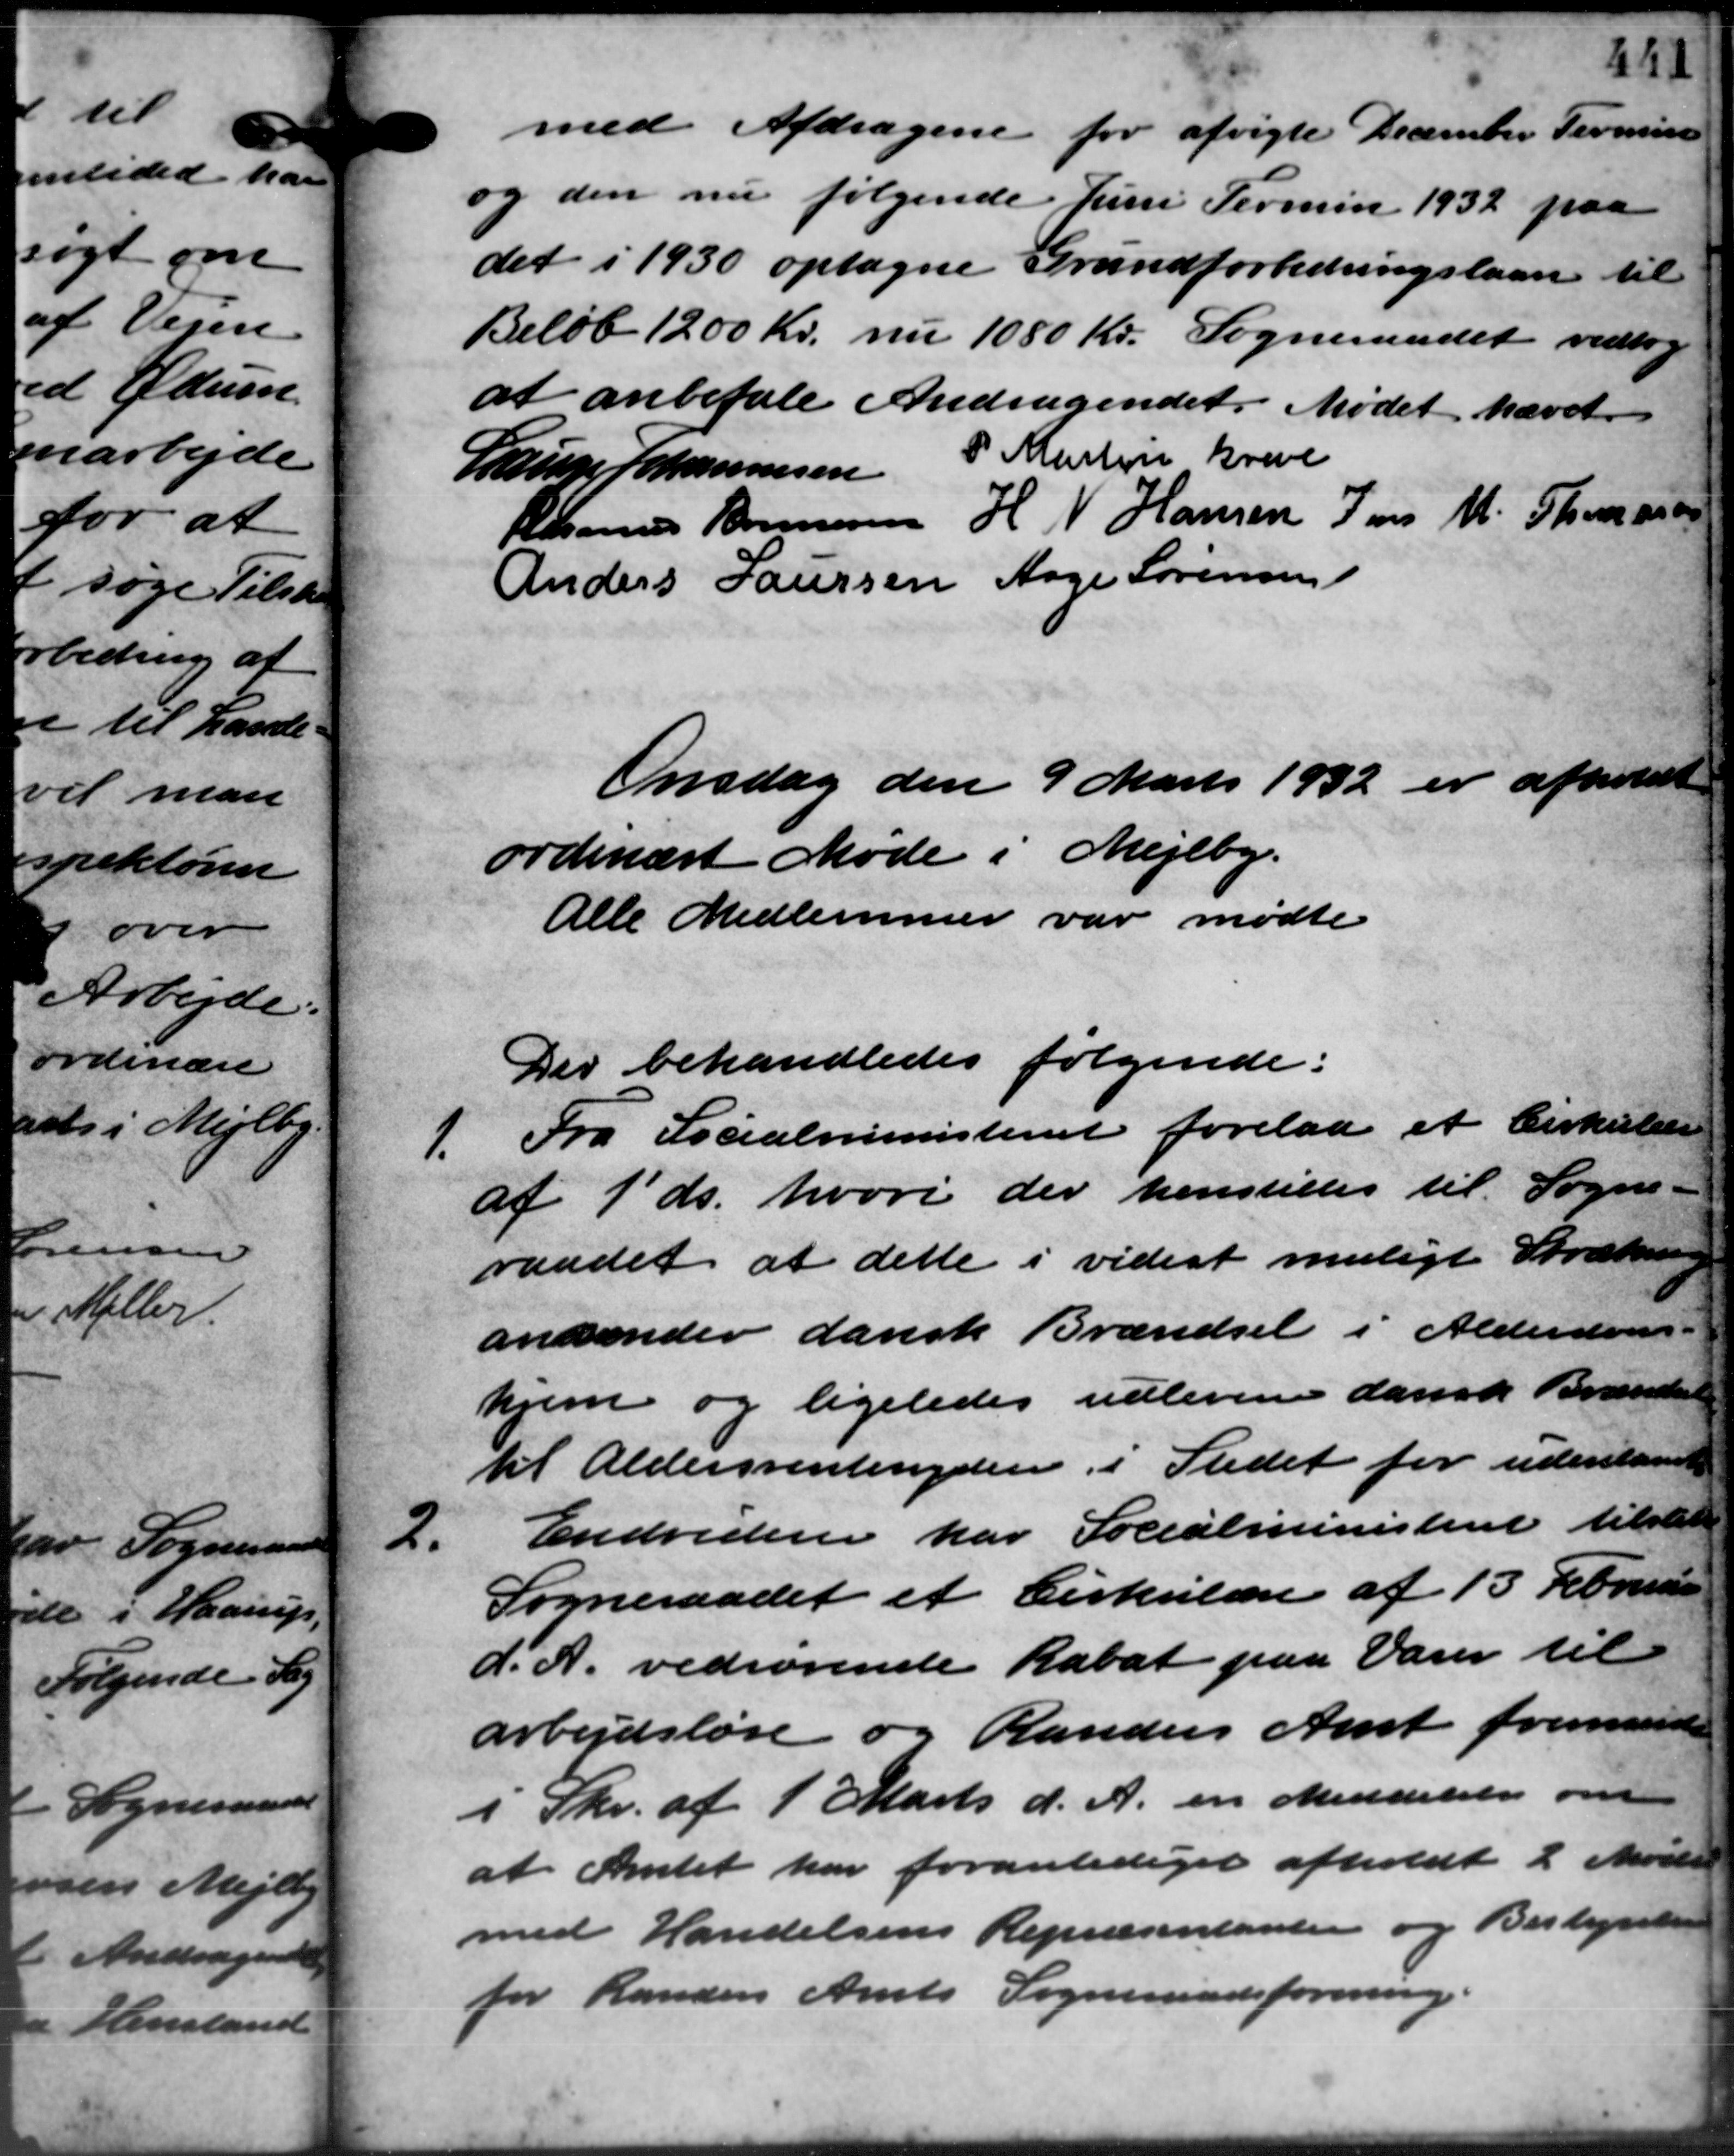
Transskription:
med Afdragene for afvigte December Termin
og den nu følgende Juni Termin 1932 paa
det i 1930 optagne Grundforbedringslaan til
Beløb 1200 Kr. nu 1080 Kr. Sogneraadet vedtog
at anbefale Andragendet. Mødet hævet
P. Martin Greve
Lauge Johannesen
Rasmus Bonnesen H. V. Hansen Jens M. Thomasen
Anders Laursen Aage Sørensen
Onsdag den 9 Marts 1932 er afholdt
ordinært Møde i Mejlby.
Alle Medlemmer var mødte
Der behandledes følgende:
1. Fra Socialministeriet forelaa et Cirkulære
1. Fra Socialministeriet forelaa et Cirkulære
af 1´ds. hvori der henstilles til Sogne
raadet at dette i videst muligt Strækning
andender dansk Brændsel i Alderdoms
hjem og ligeledes udlevere dansk Brændsels
til Aldersrentenydere i Stedet for udentante

Endvidere har Socialministeriet tilstil
Sogneraadet et Cirkulære af 13 Februar
d. A. vedrørende Rabat paa Varer til
arbejdsløse og Randers Amt fremsender
I Skr. af 1 Marts d. A. en Meddelelse om
at Amtet har foranlediget afholdt 2 Møde
med Handelsens Repræsentanter og Bestyrelse
for Randers Amts Sogneraadsforening.